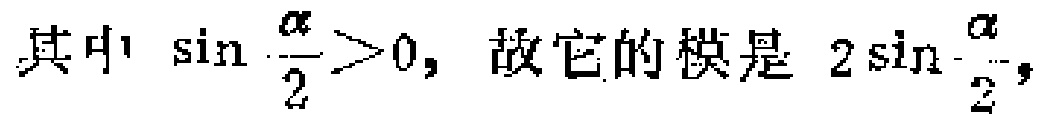
其中$\sin\frac{\alpha}{2}>0$，故它的模是$2\sin\frac{\alpha}{2}$，